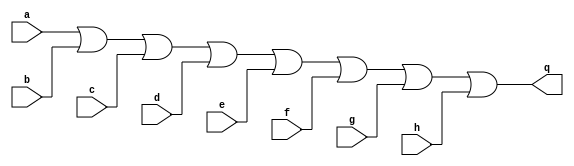
`timescale 1ns / 1ps
//////////////////////////////////////////////////////////////////////////////////
// Company: 
// Engineer: 
// 
// Design Name: 
// Module Name: orgate
// Project Name: 
// Target Devices: 
// Tool Versions: 
// Description: 
// 
// Dependencies: 
// 
// Revision:
// Revision 0.01 - File Created
// Additional Comments:
// 
//////////////////////////////////////////////////////////////////////////////////


module orgate
#(parameter Port_Num = 2,          // 2
  parameter WIDTH=1)              //8
  (
    input [(WIDTH-1):0] a,
    input [(WIDTH-1):0] b,
    input [(WIDTH-1):0] c,
    input [(WIDTH-1):0] d,
    input [(WIDTH-1):0] e,
    input [(WIDTH-1):0] f,
    input [(WIDTH-1):0] g,
    input [(WIDTH-1):0] h,
    output [(WIDTH-1):0] q
    );
    
    assign q = (a | b | c | d | e | f | g | h);
    
endmodule